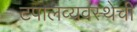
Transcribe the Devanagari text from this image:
टपालव्यवस्थेची